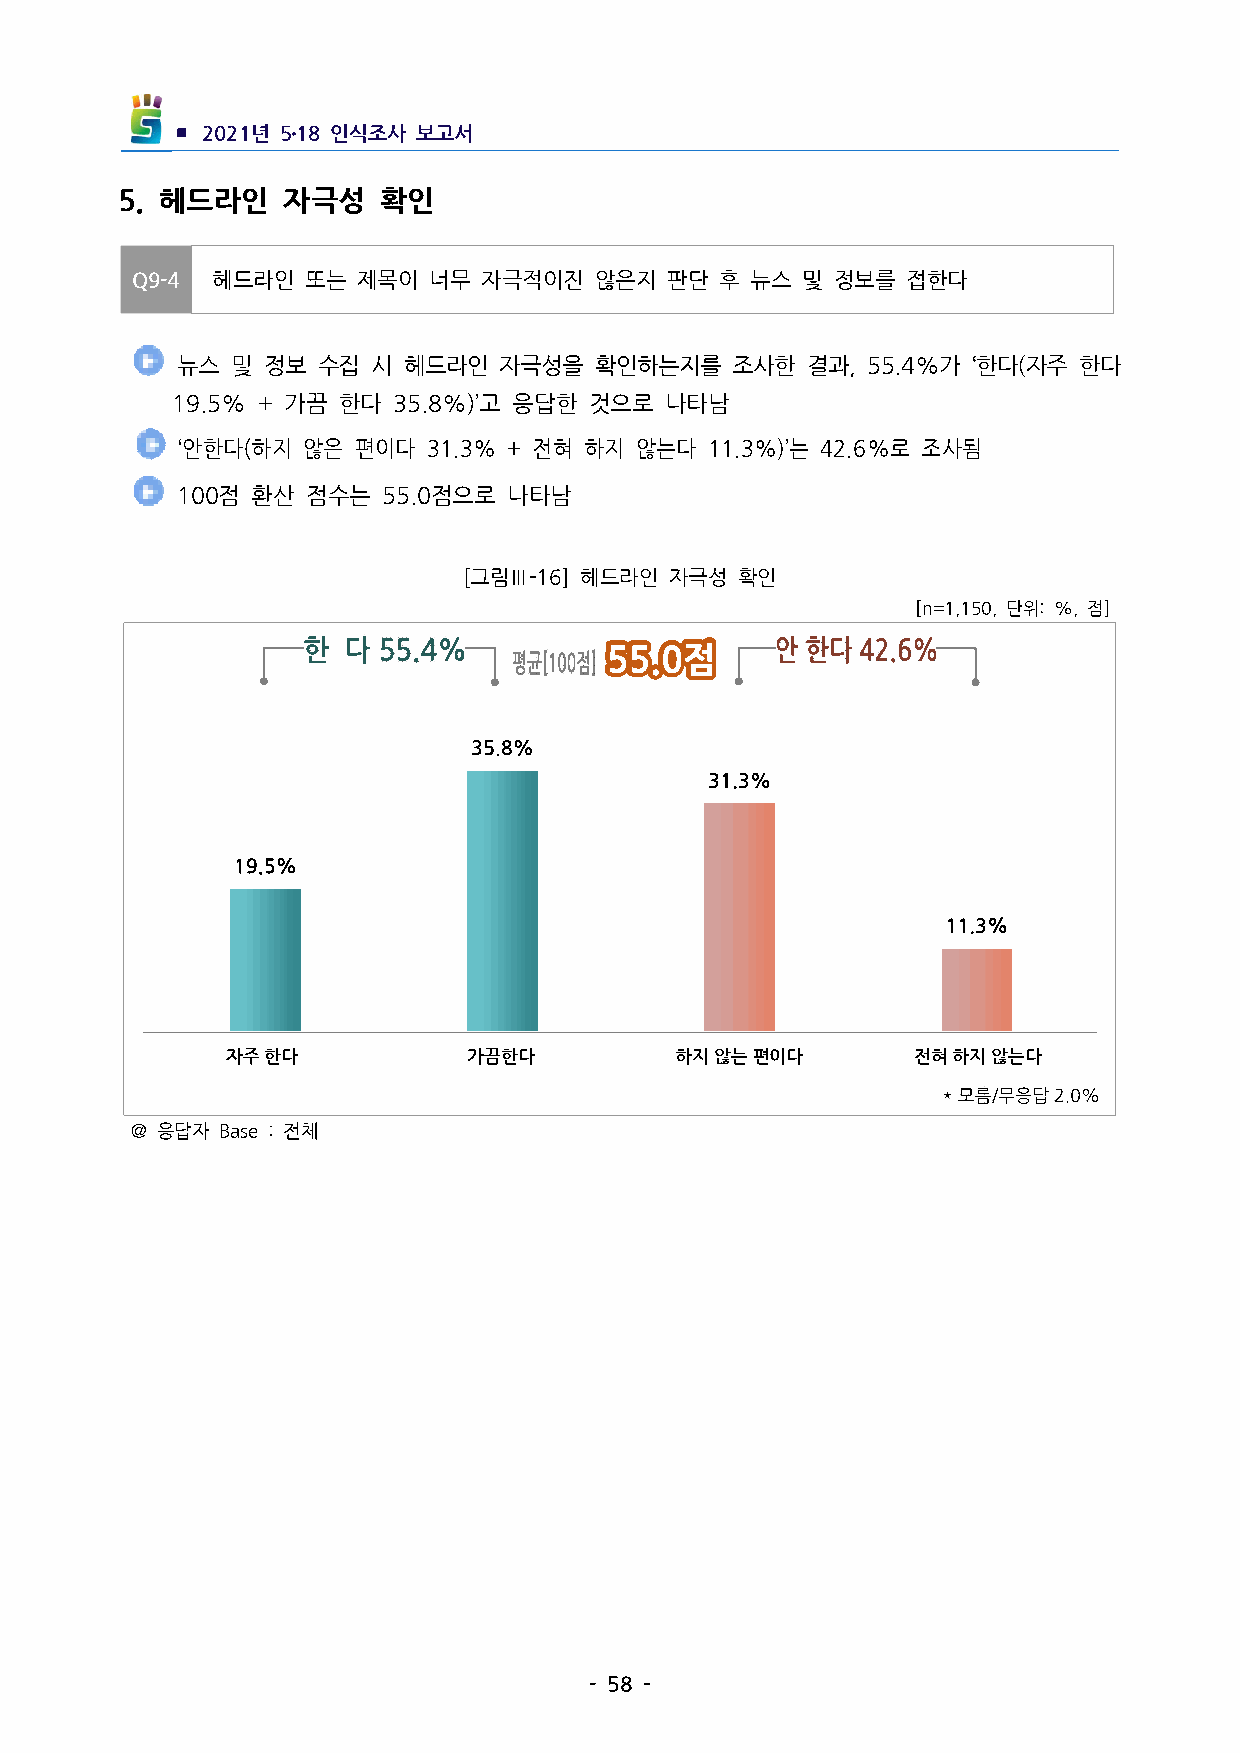
▪ 2021년 5․18인식조사 보고서
 5. 헤드라인   자극성   확인
 Q9-4 헤드라인  또는  제목이 너무  자극적이진  않은지  판단  후 뉴스 및 정보를  접한다
 뉴스 및 정보  수집  시 헤드라인  자극성을  확인하는지를   조사한  결과,55.4%가‘한다(자주 한다
 19.5%+가끔 한다  35.8%)’고 응답한 것으로  나타남
 ‘안한다(하지 않은 편이다  31.3%+전혀 하지 않는다  11.3%)’는 42.6%로 조사됨
 100점 환산 점수는  55.0점으로  나타남
 [그림Ⅲ-16] 헤드라인 자극성 확인
 [n=1,150,단위:%,점]
 자주한다            가끔한다          하지않는편이다        전혀하지않는다
 ＠응답자 Base:전체
 -58-